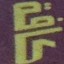
كافة